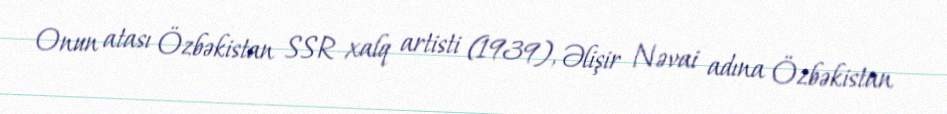
Onun atası Özbəkistan SSR xalq artisti (1939), Əlişir Nəvai adına Özbəkistan